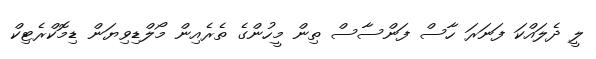
ލީ ދެލައްކަ ފަނަރަ ހާސް ފަންސާސް ތިން މީހުންގެ ތެރެއިން މޯލްޑިވިޔަން ޑިމޮކްރެޓިކް